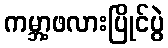
ကမ္ဘာ့ဖလားပြိုင်ပွဲ